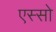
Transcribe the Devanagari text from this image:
एस्सो